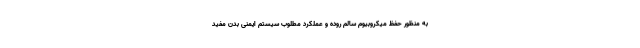
به منظور حفظ میکروبیوم سالم روده و عملکرد مطلوب سیستم ایمنی بدن مفید